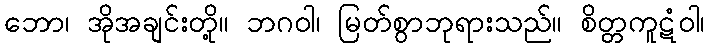
ဘော၊ အိုအချင်းတို့။ ဘဂဝါ၊ မြတ်စွာဘုရားသည်။ စိတ္တကူဋံဝါ၊